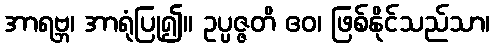
အာရဗ္ဘ၊ အာရုံပြု၍။ ဥပ္ပဇ္ဇတိ ဧဝ၊ ဖြစ်နိုင်သည်သာ၊